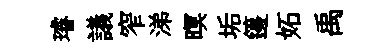
璿議窄涕暝垢籩妬禹